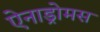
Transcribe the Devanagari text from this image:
ऐनाड्रोमस